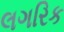
લગરિક